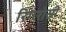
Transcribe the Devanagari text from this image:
रिगरोसी